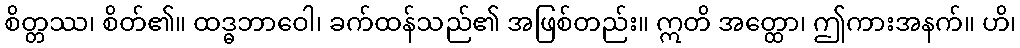
စိတ္တဿ၊ စိတ်၏။ ထဒ္ဓဘာဝေါ၊ ခက်ထန်သည်၏ အဖြစ်တည်း။ ဣတိ အတ္ထော၊ ဤကားအနက်။ ဟိ၊